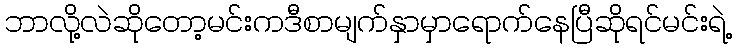
ဘာလို့လဲဆိုတော့မင်းကဒီစာမျက်နှာမှာရောက်နေပြီဆိုရင်မင်းရဲ့